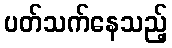
ပတ်သက်နေသည့်